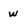
Character: w